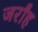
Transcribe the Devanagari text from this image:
जर्रांह